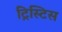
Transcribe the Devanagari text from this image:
ट्रिस्टिस